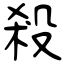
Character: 殺